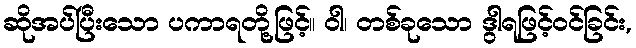
ဆိုအပ်ပြီးသော ပကာရတို့ဖြင့်။ ဝါ၊ တစ်ခုသော ဒွါရဖြင့်ဝင်ခြင်း,